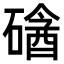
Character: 𥕼